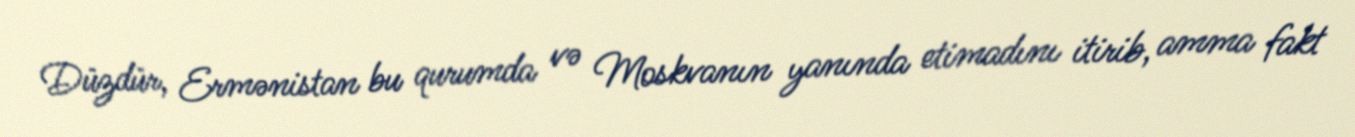
Düzdür, Ermənistan bu qurumda və Moskvanın yanında etimadını itirib, amma fakt